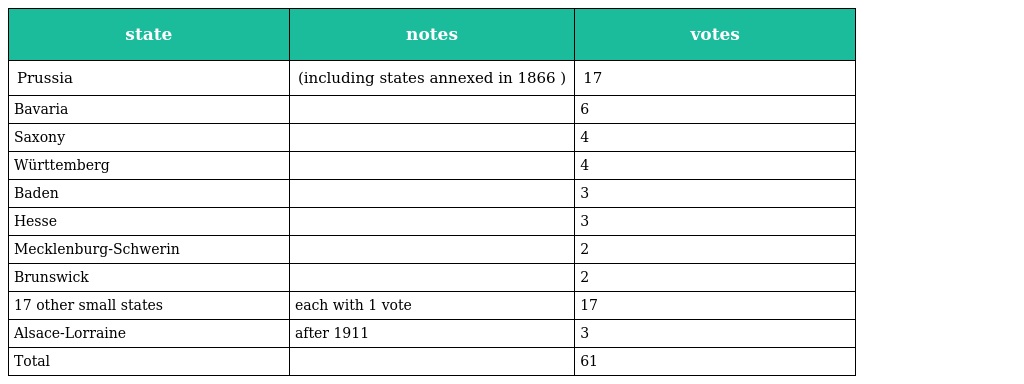
| state | notes | votes |
 | --- | --- | --- |
 | Prussia | (including states annexed in 1866 ) | 17 |
 | Bavaria |  | 6 |
 | Saxony |  | 4 |
 | Württemberg |  | 4 |
 | Baden |  | 3 |
 | Hesse |  | 3 |
 | Mecklenburg-Schwerin |  | 2 |
 | Brunswick |  | 2 |
 | 17 other small states | each with 1 vote | 17 |
 | Alsace-Lorraine | after 1911 | 3 |
 | Total |  | 61 |